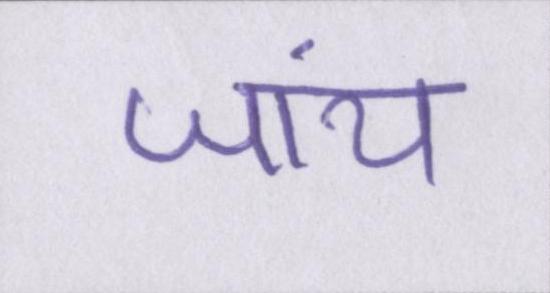
जांय